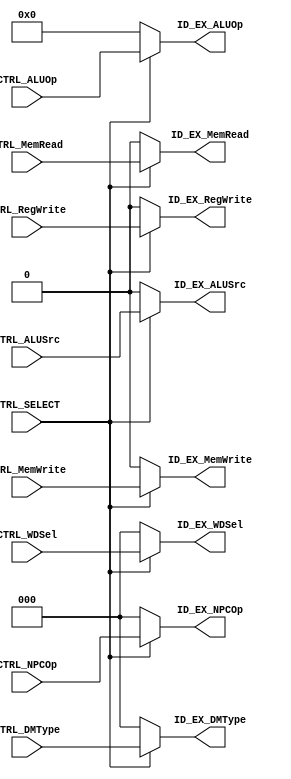
module ctrl_mux(
    //
    input CTRL_SELECT,
    //WB 
    input  [2:0]CTRL_WDSel,
    input       CTRL_RegWrite, // control signal for register write
    output reg  ID_EX_RegWrite,
    output reg [2:0] ID_EX_WDSel,

    //MEM 
    input [2:0] CTRL_DMType,
    input       CTRL_MemRead,
    input       CTRL_MemWrite, // control signal for memory write
    output reg [2:0] ID_EX_DMType,
    output reg  ID_EX_MemWrite,
    output reg  ID_EX_MemRead,

    //EX
    input  CTRL_ALUSrc,   // ALU source for A
    input [4:0] CTRL_ALUOp,    // ALU opertion
    input [2:0] CTRL_NPCOp,
    output reg  ID_EX_ALUSrc,
    output reg [4:0] ID_EX_ALUOp,
    output reg [2:0] ID_EX_NPCOp
    );
    
    always @(*) begin
        if(CTRL_SELECT)begin //
            ID_EX_RegWrite = CTRL_RegWrite;
            ID_EX_MemWrite = CTRL_MemWrite;
            ID_EX_ALUSrc <= CTRL_ALUSrc;
            ID_EX_ALUOp <= CTRL_ALUOp;
            ID_EX_NPCOp <= CTRL_NPCOp;
            ID_EX_WDSel <= CTRL_WDSel;
            ID_EX_MemRead <= CTRL_MemRead;
            ID_EX_DMType <= CTRL_DMType;
        end
        else begin //
            ID_EX_RegWrite <= 0;
            ID_EX_MemWrite <= 0;
            ID_EX_ALUSrc <= 0;
            ID_EX_ALUOp <= 0;
            ID_EX_NPCOp <= 0;
            ID_EX_WDSel <= 0;   
            ID_EX_MemRead <= 0;
            ID_EX_DMType <= 0;
        end
    end 
endmodule